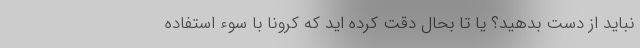
نباید از دست بدهید؟ یا تا بحال دقت کرده اید که کرونا با سوء استفاده